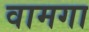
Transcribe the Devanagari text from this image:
वामगा